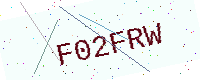
Text: F02FRW